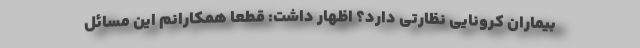
بیماران کرونایی نظارتی دارد؟ اظهار داشت: قطعاً همکارانم این مسائل